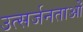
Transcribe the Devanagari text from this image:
उत्सर्जनताओं